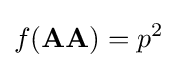
f(\mathbf {AA} )=p^{2}